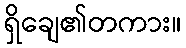
ရှိချေ၏တကား။